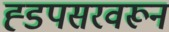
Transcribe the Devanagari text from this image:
ह्डपसरवरून